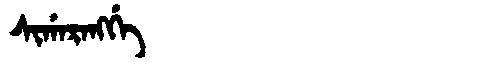
Manchu: ᠰᡳᡤᠠᡵᠠᠩᡤᡝ
Romanization: SIGARANGGE